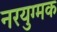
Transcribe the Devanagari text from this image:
नरयुग्मक